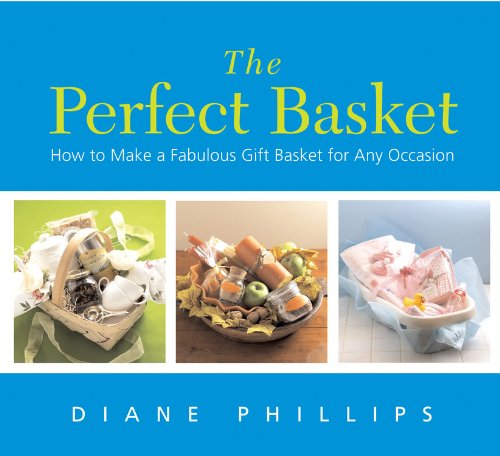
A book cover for The Perfect Basket: How to Make a Fabulous Gift Basket for Any Occasion; Diane Phillips; Crafts, Hobbies & Home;